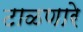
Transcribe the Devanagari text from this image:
टाळणारे